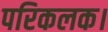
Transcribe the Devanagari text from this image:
परिकलक।